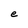
Character: e